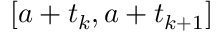
[ a + t _ { k } , a + t _ { k + 1 } ]